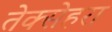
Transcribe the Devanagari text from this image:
तेक्सेहरा